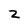
Character: z